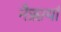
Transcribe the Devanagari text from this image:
नैऋर्त्यां